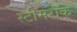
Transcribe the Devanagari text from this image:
स्टीमरॉक